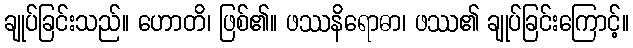
ချုပ်ခြင်းသည်။ ဟောတိ၊ ဖြစ်၏။ ဖဿနိရောဓာ၊ ဖဿ၏ ချုပ်ခြင်းကြောင့်။